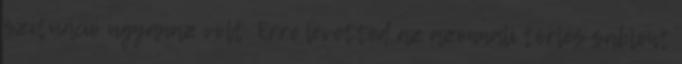
szituáció ugyanaz volt. Erre levetted az azonnali törlés sablont